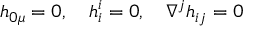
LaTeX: h _ { 0 \mu } = 0 , ~ ~ ~ h _ { i } ^ { i } = 0 , ~ ~ ~ \nabla ^ { j } h _ { i j } = 0